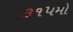
૩૧૫મો